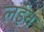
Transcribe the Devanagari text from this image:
लईत